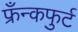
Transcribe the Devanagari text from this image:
फ्रँन्कफुर्ट